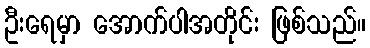
ဦးရေမှာ အောက်ပါအတိုင်း ဖြစ်သည်။